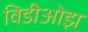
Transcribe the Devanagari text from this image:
विडीओझ